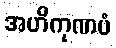
အဟိကုဏပံ